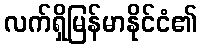
လက်ရှိမြန်မာနိုင်ငံ၏